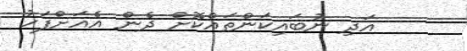
އަދި ނުބައިކަންތައްކޮށް ދެން އެއަށްފަހު